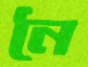
নৈ